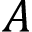
A